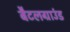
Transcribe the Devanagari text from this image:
बैटलग्राउंड